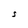
Character: S